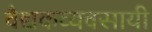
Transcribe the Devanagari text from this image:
वैद्यकव्यवसायी